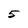
Character: 5